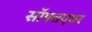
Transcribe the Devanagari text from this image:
सॉफ्तएयर